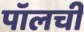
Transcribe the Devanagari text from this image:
पॉलची